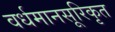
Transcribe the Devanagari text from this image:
वर्धमानसूरिकृत